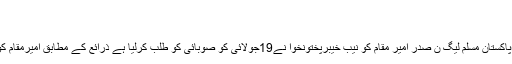
امیر مقام کو اس سے قبل بھی…
ایڈیٹر جولائی 18, 2018 0
سوات (زما سوات ڈاٹ کام ، 17 جولائی 2018ء)پاکستان مسلم لیگ ن صدر امیر مقام کو نیب خیبرپختونخوا نے19جولائی کو صوبائی کو طلب کرلیا ہے ذرائع کے مطابق امیرمقام کو آمدن سےزیادہ اثاثے بنانے پرطلب کردیا گیا ہے۔